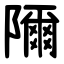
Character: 隬